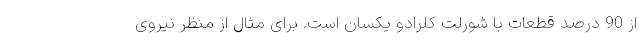
از 90 درصد قطعات با شورلت کلرادو یکسان است. برای مثال از منظر نیروی